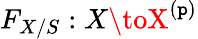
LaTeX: F_{X/S}:X\toX^{(\mathtt{p})}